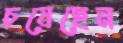
চষেছেন